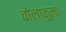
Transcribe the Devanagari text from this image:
चोलाकुला